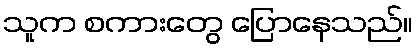
သူက စကားတွေ ပြောနေသည်။